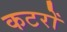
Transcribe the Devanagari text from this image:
कटरों